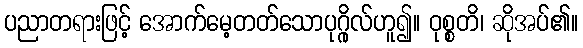
ပညာတရားဖြင့် အောက်မေ့တတ်သောပုဂ္ဂိုလ်ဟူ၍။ ဝုစ္စတိ၊ ဆိုအပ်၏။